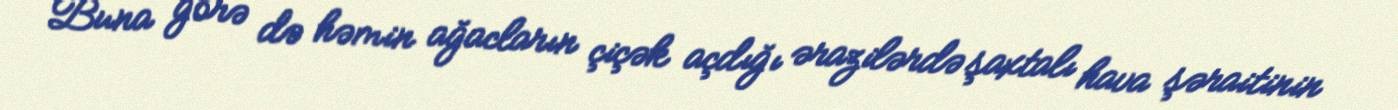
Buna görə də həmin ağacların çiçək açdığı ərazilərdə şaxtalı hava şəraitinin